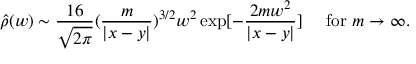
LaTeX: \hat { \rho } ( w ) \sim { \frac { 1 6 } { \sqrt { 2 \pi } } } ( \frac { m } { | x - y | } ) ^ { 3 / 2 } w ^ { 2 } \exp [ - \frac { 2 m w ^ { 2 } } { | x - y | } ] \mathrm { \quad ~ f o r ~ } m \rightarrow \infty .